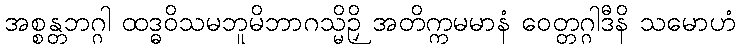
အစ္စန္တဘဂ္ဂါ ထဒ္ဓဝိသမဘူမိဘာဂသ္မိဉှိ အတိက္ကမမာနံ ဝေတ္တဂ္ဂါဒီနိ သမောဟံ